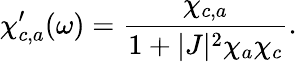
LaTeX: \chi_{c,a}^{\prime}(\omega)=\frac{\chi_{c,a}}{1+|J|^{2}\chi_{a}\chi_{c}}.